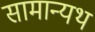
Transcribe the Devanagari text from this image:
सामान्यथ